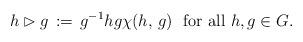
LaTeX: \begin{align*}{h \rhd g \, :=\,g^{-1}hg \chi (h,\,g)\ {\ {\rm for\ all}\ h,g\in G}.}\end{align*}